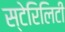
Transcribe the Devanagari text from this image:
स्टेरिलिटी